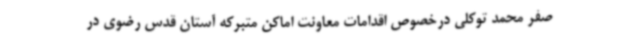
صفر محمد توکلی درخصوص اقدامات معاونت اماکن متبرکه آستان قدس رضوی در